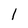
Character: 1